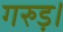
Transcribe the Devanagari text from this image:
गरुड़।